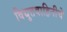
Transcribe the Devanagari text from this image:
विद्युतवाहिनीचे